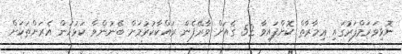
ނޮޅިވަރަމްފަރުގައި ޢިމާރާތް ކޮށްފައިވާ 52 ގެއަށް ވާރޭފެން ރައްކާކުރުމަށް ބޭނުންވާ ކަޅުހަން އެރަށްތަކަށް